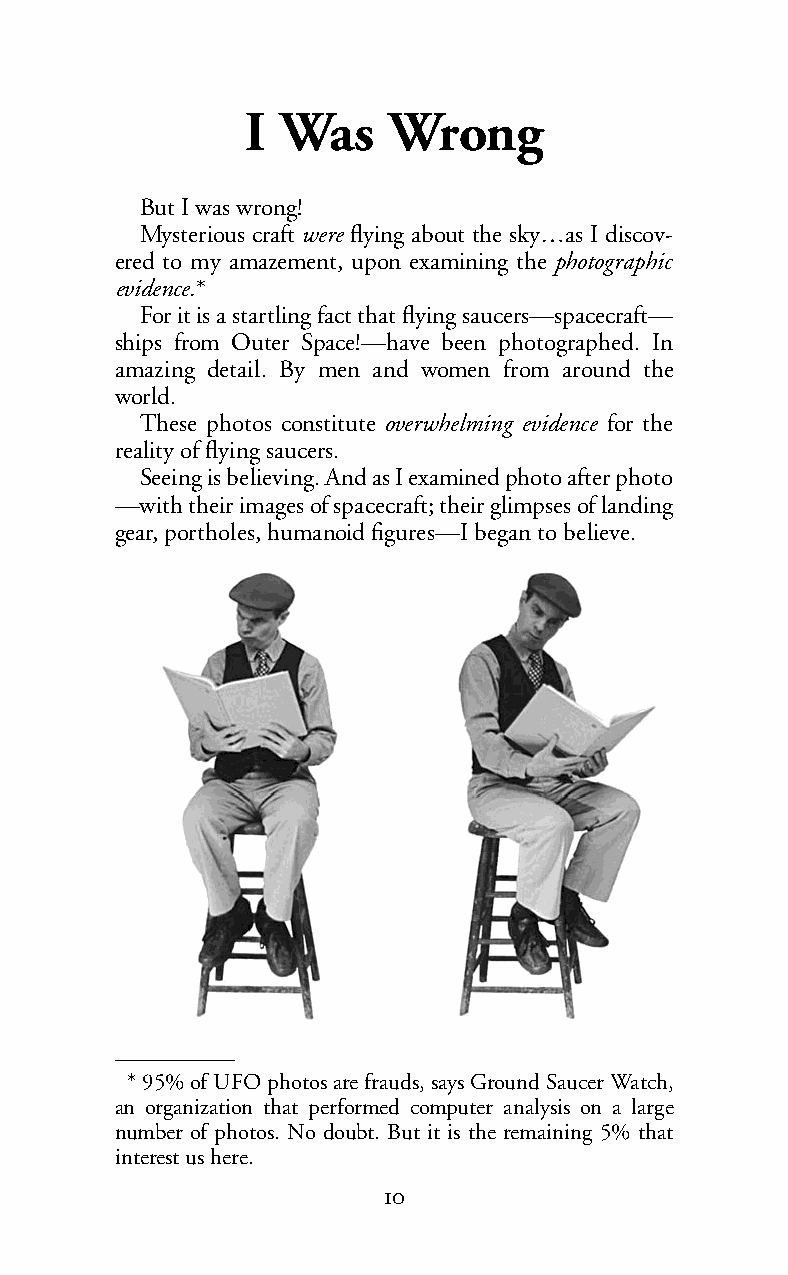
I  Was    Wrong
 But I was wrong!
 Mysterious craftwere flying about the sky…as I discov-
 ered to my amazement, upon examining the photographic
 evidence.*
 For it is a startling fact that flying saucers—spacecraft—
 ships from Outer Space!—have been photographed. In
 amazing detail. By men and women from around the
 world.
 These photos constitute overwhelming evidence for the
 reality of flying saucers.
 Seeing is believing. And as I examined photo after photo
 —with their images of spacecraft; their glimpses of landing
 gear, portholes, humanoid figures—I began to believe.
 *95% of UFO photos are frauds, says Ground Saucer Watch,
 an organization that performed computer analysis on a large
 number of photos. No doubt. But it is the remaining 5% that
 interest us here.
 